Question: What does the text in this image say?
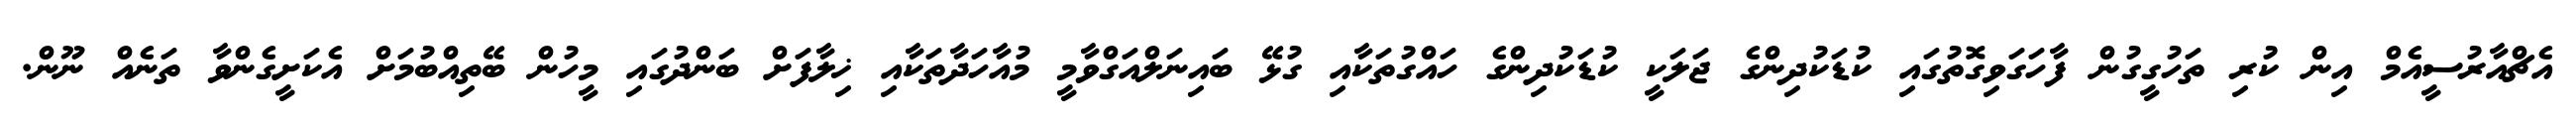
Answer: އެޗްއާރުސީއެމް އިން ކުރި ތަހުގީގުން ފާހަގަވިގޮތުގައި ކުޑަކުދިންގެ ޖަލަކީ ކުޑަކުދިންގެ ހައްގުތަކާއި ގުޅޭ ބައިނަލްއަގްވާމީ މުއާހަދާތަކާއި ޚިލާފަށް ބަންދުގައި މީހުން ބޭތިއްބުމަށް އެކަށީގެންވާ ތަނެއް ނޫން.